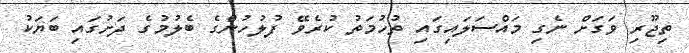
ތިޖޫރި ވަގަށް ނެގި މައްސަލައިގައި ތުހުމަތު ކުރެވޭ ފުލުހުންގެ ބެލުމުގެ ދަށުގައި ބަޔަކު